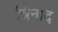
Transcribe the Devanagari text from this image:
त्रिनाद